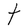
Character: T